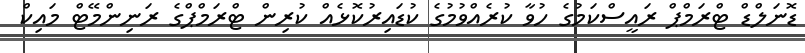
ޑޮނަލްޑް ޓްރަމްޕް ރައީސްކަމުގެ ހުވާ ކުރެއްވުމުގެ ކުޑައިރުކޮޅެއް ކުރިން ޓްރަމްޕްގެ ރަނިންމޭޓް މައިކް